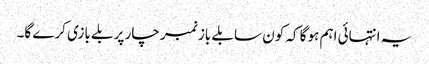
یہ انتہائی اہم ہوگا کہ کون سا بلے باز نمبر چار پر بلے بازی کرے گا۔